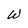
Character: W